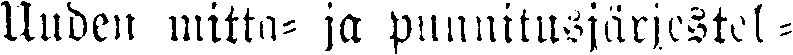
Uuden mitta- ja punnitusjärjestel-